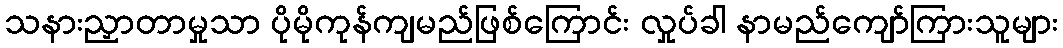
သနားညှာတာမှုသာ ပိုမိုကုန်ကျမည်ဖြစ်ကြောင်း လှုပ်ခါ နာမည်ကျော်ကြားသူများ